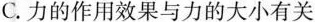
C.力的作用效果与力的大小有关